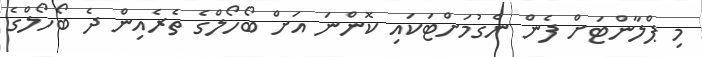
މި ޕްލާންޓަށް ފެން ނެގުމަށްޓަކައި ކޮންނަ އަަށް ބޯހޯލްގެ ތެރެއިން ދެ ބޯހޯލްގެ